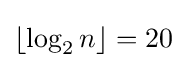
\lfloor \log _{2}n\rfloor =20